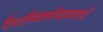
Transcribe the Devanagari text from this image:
पैरामिक्सोवायरसों